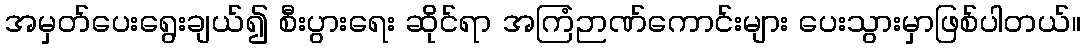
အမှတ်ပေးရွေးချယ်၍ စီးပွားရေး ဆိုင်ရာ အကြံဉာဏ်ကောင်းများ ပေးသွားမှာဖြစ်ပါတယ်။